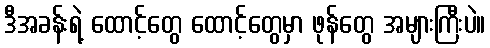
ဒီအခန်းရဲ့ ထောင့်တွေ ထောင့်တွေမှာ ဖုန်တွေ အများကြီးပဲ။